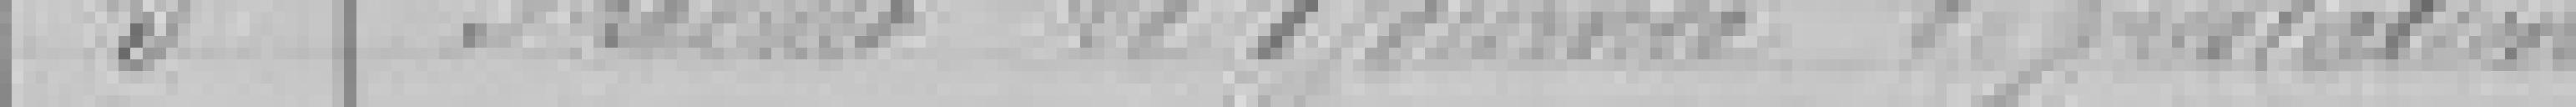
5. Produit de 1 journée de prestation ?